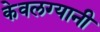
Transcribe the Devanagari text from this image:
केवलग्यानी